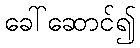
ခေါ်ဆောင်၍